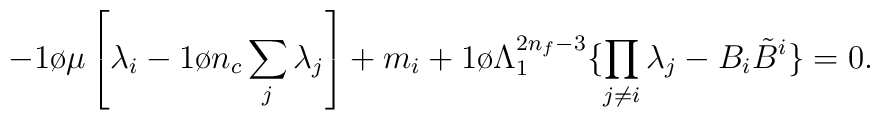
-{1 \o  \mu} \left[  \lambda_i  - {1 \o n_c}\sum_j\lambda_j   \right]   +  m_i  +{1\o \Lambda_1^{2 n_f-3}}   \{ \prod_{j\ne i}  \lambda_j- B_i {\tilde B}^i  \} =0.